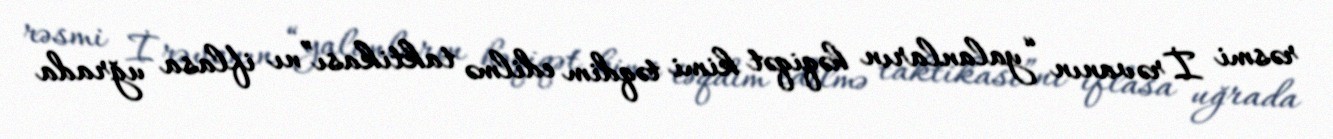
rəsmi İrəvanın “yalanların həqiqət kimi təqdim edilmə taktikası”nı iflasa uğrada